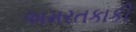
અમરતકાકી